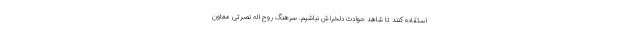
استقاده کنند تا شاهد حوادث دلخراش نباشیم. سرهنگ روح اله نصرتی معاون